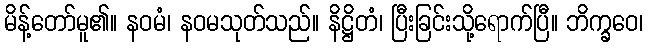
မိန့်တော်မူ၏။ နဝမံ၊ နဝမသုတ်သည်။ နိဋ္ဌိတံ၊ ပြီးခြင်းသို့ရောက်ပြီ။ ဘိက္ခဝေ၊